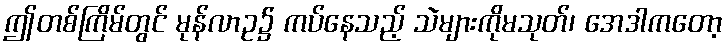
ဤတစ်ကြိမ်တွင် မုန်လာဥ၌ ကပ်နေသည့် သဲများကိုမသုတ်၊ အေဒါကတော့